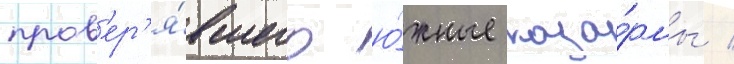
пров'ер'я́вшего ю́жные каза́рмы /